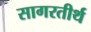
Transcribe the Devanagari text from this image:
सागरतीर्थ